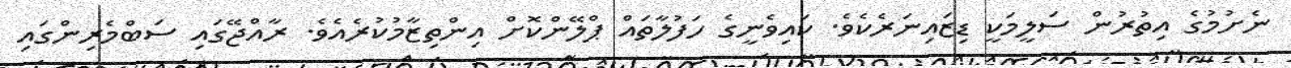
ނެށުމުގެ އިތުރުން ސަލީމަކީ ޑިޒައިނަރެކެވެ. ކައިވެނީގެ ހަފުލާތައް ޕްލޭންކޮށް އިންތިޒާމުކުރެއެވެެ. ރާއްޖޭގައި ސަބްމެރިންގައި